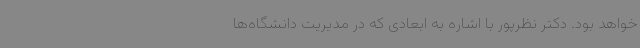
خواهد بود. دکتر نظرپور با اشاره به ابعادی که در مدیریت دانشگاه‌ها